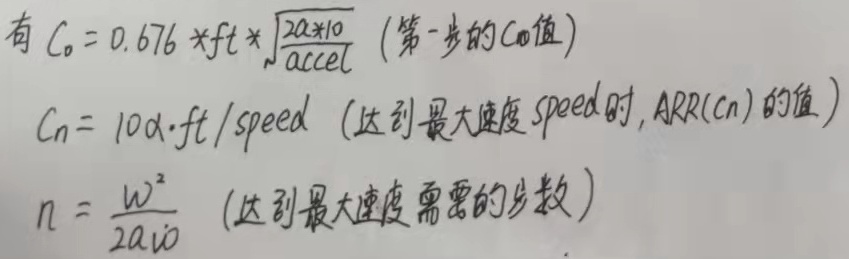
有
\(C_0 = 0.676 \times \mathrm{ft} \times \sqrt{\frac{2a\times10}{\mathrm{accel}}}\)（第一步的\(C_0\)值），
\(C_n = 10a\cdot\mathrm{ft}/\mathrm{speed}\)（达到最大速度\(\mathrm{speed}\)时，\(\mathrm{ARR}(C_n)\)的值），
\(n = \frac{w^2}{2a\cdot10}\)（达到最大速度需要的步数）。